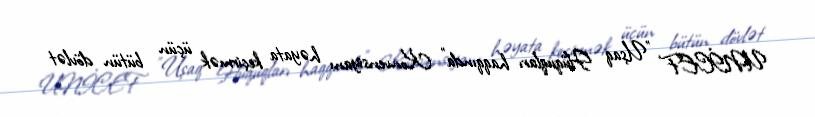
UNİCEF "Uşaq Hüquqları haqqında" Konvensiyanı həyata keçirmək üçün bütün dövlət